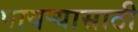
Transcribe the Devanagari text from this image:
पायऱ्यासाठी